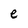
Character: e